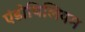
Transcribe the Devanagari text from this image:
एंडोथिलियम